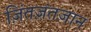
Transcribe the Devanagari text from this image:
ज़िंतज़ंतज़ान